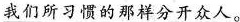
我们所习惯的那样分开众人。